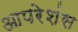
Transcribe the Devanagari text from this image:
आपरेशंस